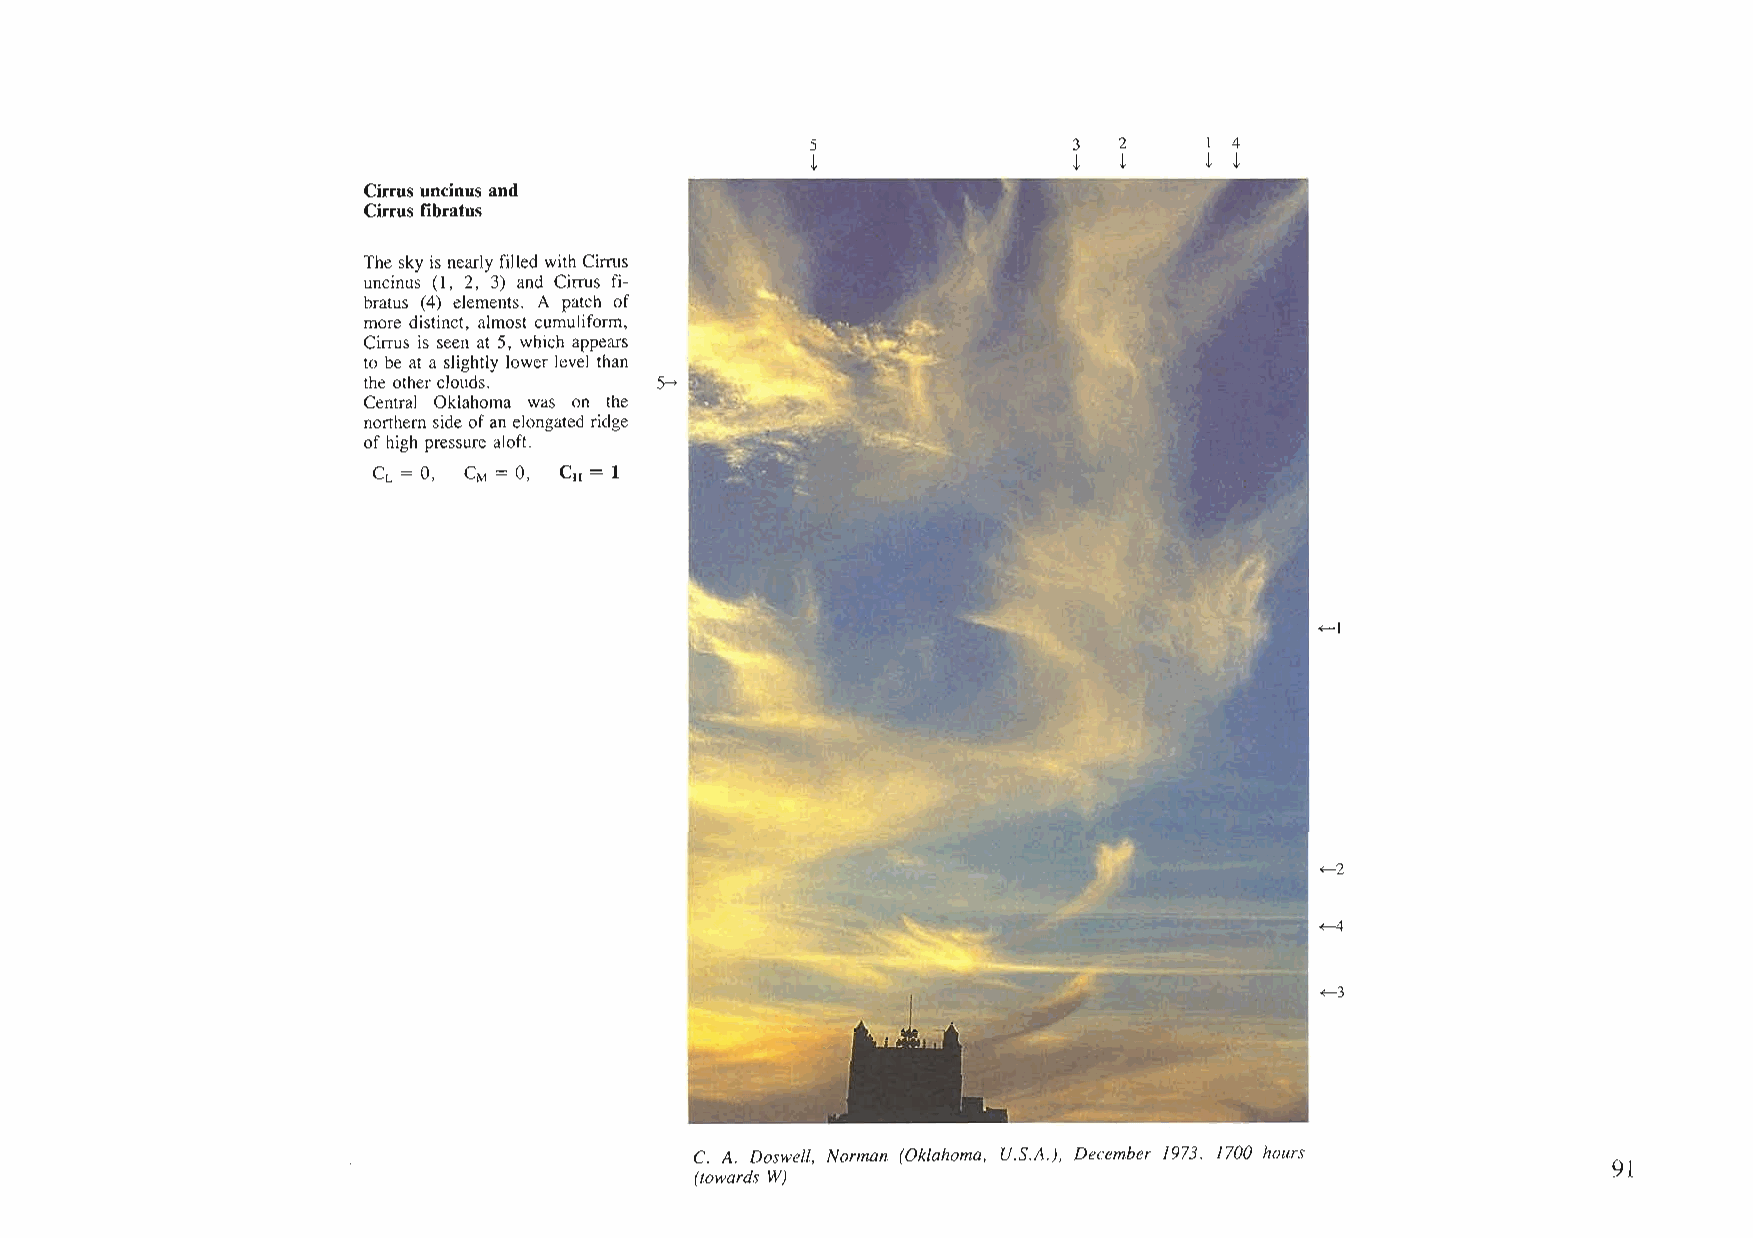
5                3  2     I 4
 t                t  t     t t
 Cirrus uncinus and
 Cirrus fibratus
 The skyis nearlyfilled withCirrus
 uncinus (l, 2, 3) and Cirrus fi
 bratus (4) elements. A patch of
 more distinct, almost cumuliform,
 Cirrus is seen at 5, which appears
 to be at a slightly lower level than
 the otherclouds.   5-
 Central Oklahoma was on the
 northern sideofan elongatedridge
 ofhigh pressure aloft.
 CL = 0, CM = 0, CH = 1
 ~l
 ~2
 ~
 ~3
 C. A. Doswell, Norman (Oklahoma, U.S.A.), December 1973, 1700 hours
 91
 (towards W)